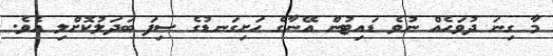
މާ ގިނަ ދުވަހެއް ނުވެ ޑައިޓުން އޭނާގެ ހަށިގަނޑުގެ ސިފަ ބަދަލުކޮށްލި އެވެ.